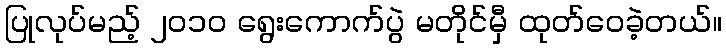
ပြုလုပ်မည့် ၂၀၁၀ ရွေးကောက်ပွဲ မတိုင်မှီ ထုတ်ဝေခဲ့တယ်။